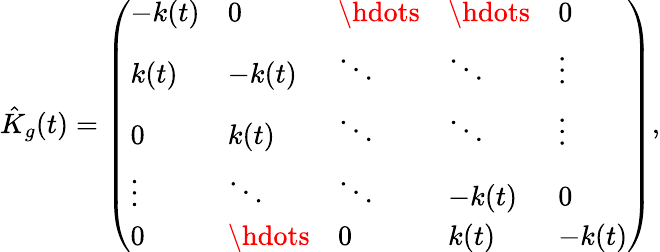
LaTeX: \hat{K}_{g}(t)=\left(\begin{array}{lllll}{-k(t)}&{0}&{\hdots}&{\hdots}&{0}\\ {k(t)}&{-k(t)}&{\ddots}&{\ddots}&{\vdots}\\ {0}&{k(t)}&{\ddots}&{\ddots}&{\vdots}\\ {\vdots}&{\ddots}&{\ddots}&{-k(t)}&{0}\\ {0}&{\hdots}&{0}&{k(t)}&{-k(t)}\end{array}\right),